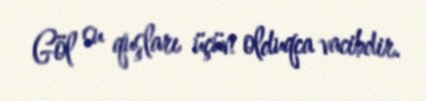
Göl su quşları üçün olduqca vacibdir.